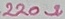
Text: 220Ω